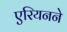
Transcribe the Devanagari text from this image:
एरियनने